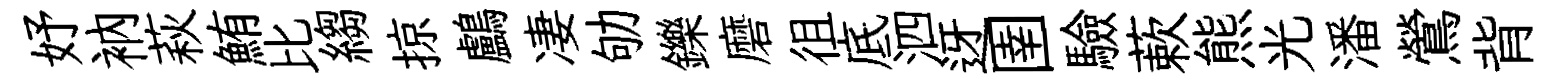
妤衲萩鮪比縐掠鸕凄劬鑠磨徂底泗迓圉驗蔌熊光潘鶯背